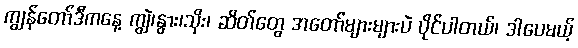
ကျွန်တော်ဒီကနေ့ ကျွဲ၊နွား၊သိုး၊ ဆိတ်တွေ အတော်များများပဲ ပိုင်ပါတယ်၊ ဒါပေမယ့်